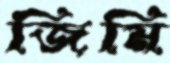
জিমি